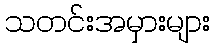
သတင်းအမှားများ